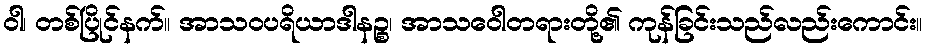
ဝါ၊ တစ်ပြိုင်နက်။ အာသဝပရိယာဒါနဉ္စ၊ အာသဝေါတရားတို့၏ ကုန်ခြင်းသည်လည်းကောင်း။